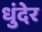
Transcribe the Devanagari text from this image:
धुंदेर